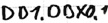
Text: DB1.DBX0.1